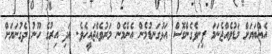
އެއްބަޔަށް މަޑުވެއްޖެނަމަ ފިނިވެގެންގޮސް އަޅުގަނޑުމެން އެންމެން މަރުވެއްޖައީހެވެ. އަދި އިރުގެ ހޫނު ދެގުނަޔަށް